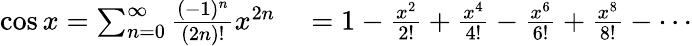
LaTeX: \begin{array}{rl}{\cos x=\sum_{n=0}^{\infty}{\frac{(-1)^{n}}{(2n)!}}x^{2n}}&{{}=1-{\frac{x^{2}}{2!}}+{\frac{x^{4}}{4!}}-{\frac{x^{6}}{6!}}+{\frac{x^{8}}{8!}}-\cdots}\end{array}